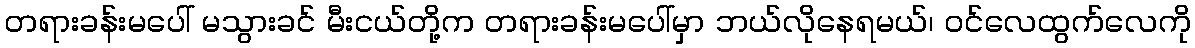
တရားခန်းမပေါ် မသွားခင် မီးငယ်တို့က တရားခန်းမပေါ်မှာ ဘယ်လိုနေရမယ်၊ ဝင်လေထွက်လေကို